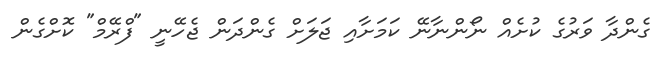
ގެންދާ ވަރުގެ ކުށެއް ނޯންނާނޭ ކަމަށާއި ޖަލަށް ގެންދަން ޖެހޭނީ "ފްރޭމް" ކޮށްގެން